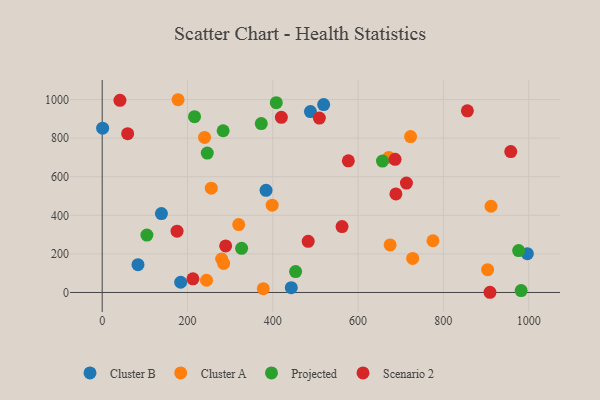
{"axis": {"x": "Study Hours", "y": "Fuel Efficiency"}, "legend": ["Cluster A", "Cluster B", "Projected", "Scenario 2"], "data": [{"x": "519.3", "y": 974.3, "type": "Cluster B"}, {"x": "1.0", "y": 851.9, "type": "Cluster B"}, {"x": "488.3", "y": 938.0, "type": "Cluster B"}, {"x": "184.0", "y": 52.9, "type": "Cluster B"}, {"x": "384.2", "y": 529.3, "type": "Cluster B"}, {"x": "443.4", "y": 25.1, "type": "Cluster B"}, {"x": "83.9", "y": 144.2, "type": "Cluster B"}, {"x": "138.9", "y": 409.0, "type": "Cluster B"}, {"x": "997.0", "y": 201.3, "type": "Cluster B"}, {"x": "911.7", "y": 447.0, "type": "Cluster A"}, {"x": "284.8", "y": 150.4, "type": "Cluster A"}, {"x": "675.1", "y": 246.5, "type": "Cluster A"}, {"x": "723.1", "y": 808.1, "type": "Cluster A"}, {"x": "398.6", "y": 452.6, "type": "Cluster A"}, {"x": "775.6", "y": 268.0, "type": "Cluster A"}, {"x": "244.7", "y": 63.3, "type": "Cluster A"}, {"x": "177.9", "y": 999.2, "type": "Cluster A"}, {"x": "728.0", "y": 176.7, "type": "Cluster A"}, {"x": "672.1", "y": 700.0, "type": "Cluster A"}, {"x": "377.8", "y": 19.9, "type": "Cluster A"}, {"x": "280.0", "y": 173.4, "type": "Cluster A"}, {"x": "255.8", "y": 540.6, "type": "Cluster A"}, {"x": "903.7", "y": 118.2, "type": "Cluster A"}, {"x": "240.0", "y": 804.0, "type": "Cluster A"}, {"x": "320.1", "y": 352.2, "type": "Cluster A"}, {"x": "408.2", "y": 984.0, "type": "Projected"}, {"x": "104.8", "y": 297.4, "type": "Projected"}, {"x": "326.9", "y": 229.0, "type": "Projected"}, {"x": "246.4", "y": 722.4, "type": "Projected"}, {"x": "976.5", "y": 217.0, "type": "Projected"}, {"x": "373.0", "y": 875.6, "type": "Projected"}, {"x": "657.2", "y": 680.9, "type": "Projected"}, {"x": "283.6", "y": 838.3, "type": "Projected"}, {"x": "982.4", "y": 10.0, "type": "Projected"}, {"x": "216.5", "y": 911.5, "type": "Projected"}, {"x": "453.5", "y": 108.1, "type": "Projected"}, {"x": "562.4", "y": 341.7, "type": "Scenario 2"}, {"x": "175.5", "y": 317.6, "type": "Scenario 2"}, {"x": "59.7", "y": 823.0, "type": "Scenario 2"}, {"x": "289.5", "y": 241.3, "type": "Scenario 2"}, {"x": "958.0", "y": 730.2, "type": "Scenario 2"}, {"x": "41.6", "y": 995.9, "type": "Scenario 2"}, {"x": "909.3", "y": 1.0, "type": "Scenario 2"}, {"x": "483.0", "y": 265.0, "type": "Scenario 2"}, {"x": "713.4", "y": 567.0, "type": "Scenario 2"}, {"x": "577.2", "y": 682.7, "type": "Scenario 2"}, {"x": "420.1", "y": 908.1, "type": "Scenario 2"}, {"x": "856.3", "y": 941.4, "type": "Scenario 2"}, {"x": "686.7", "y": 690.1, "type": "Scenario 2"}, {"x": "509.2", "y": 903.9, "type": "Scenario 2"}, {"x": "688.7", "y": 510.6, "type": "Scenario 2"}, {"x": "212.7", "y": 70.7, "type": "Scenario 2"}]}